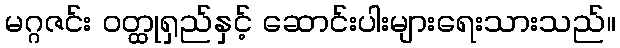
မဂ္ဂဇင်း ဝတ္ထုရှည်နှင့် ဆောင်းပါးများရေးသားသည်။